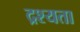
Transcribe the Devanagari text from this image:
द्रश्यता